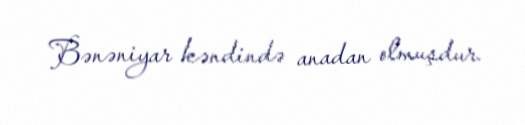
Bənəniyar kəndində anadan olmuşdur.